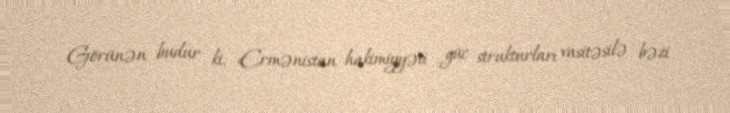
Görünən budur ki, Ermənistan hakimiyyəti güc strukturları vasitəsilə bəzi